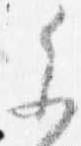
参